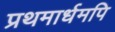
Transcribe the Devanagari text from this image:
प्रथमार्धमपि